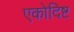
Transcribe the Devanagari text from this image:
एकोदिष्ट